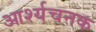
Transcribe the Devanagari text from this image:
आर्श्यचनक